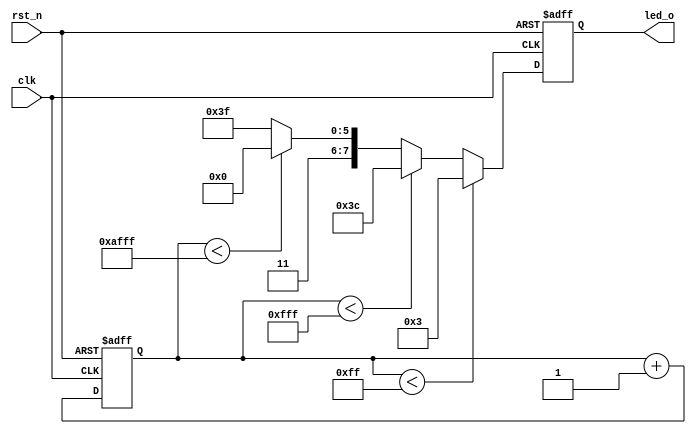
module led(
input   clk,
input   rst_n,

output wire[7:0] led_o       
);
reg [15:0] cnt;
reg [7:0] led;
assign led_o[7:0] = led[7:0];

always@(posedge clk or negedge rst_n)
        if(!rst_n)
                cnt <= 16'h0000;
        else
                cnt <= cnt + 1'b1;

always@(posedge clk or negedge rst_n)
        if(!rst_n)
                led <= 8'hff;
        else if (cnt<16'h00ff)
                led <= 8'b0000_0011;
        else if (cnt<16'h0fff)
                led <= 8'b0011_1100;
        else if (cnt<16'hafff)
                led <= 8'b1100_0000;
        else
                led <= 8'hff;
endmodule